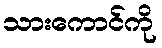
သားကောင်ကို